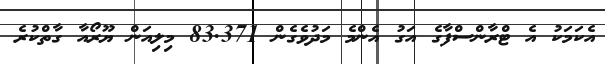
އެކަމަކު އެ ޓްރާންސްފާގެ އަގު އެންމެ މަދުވެެގެން 83.371 މިލިއަން ޔޫރޯއާ ގާތްކުރެ